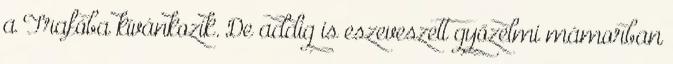
a Trafóba kívánkozik. De addig is eszeveszett győzelmi mámorban